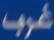
غرب